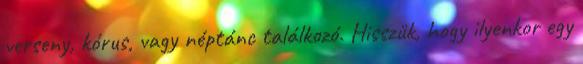
verseny, kórus, vagy néptánc találkozó. Hisszük, hogy ilyenkor egy